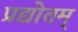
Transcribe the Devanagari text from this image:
प्रद्योतम्